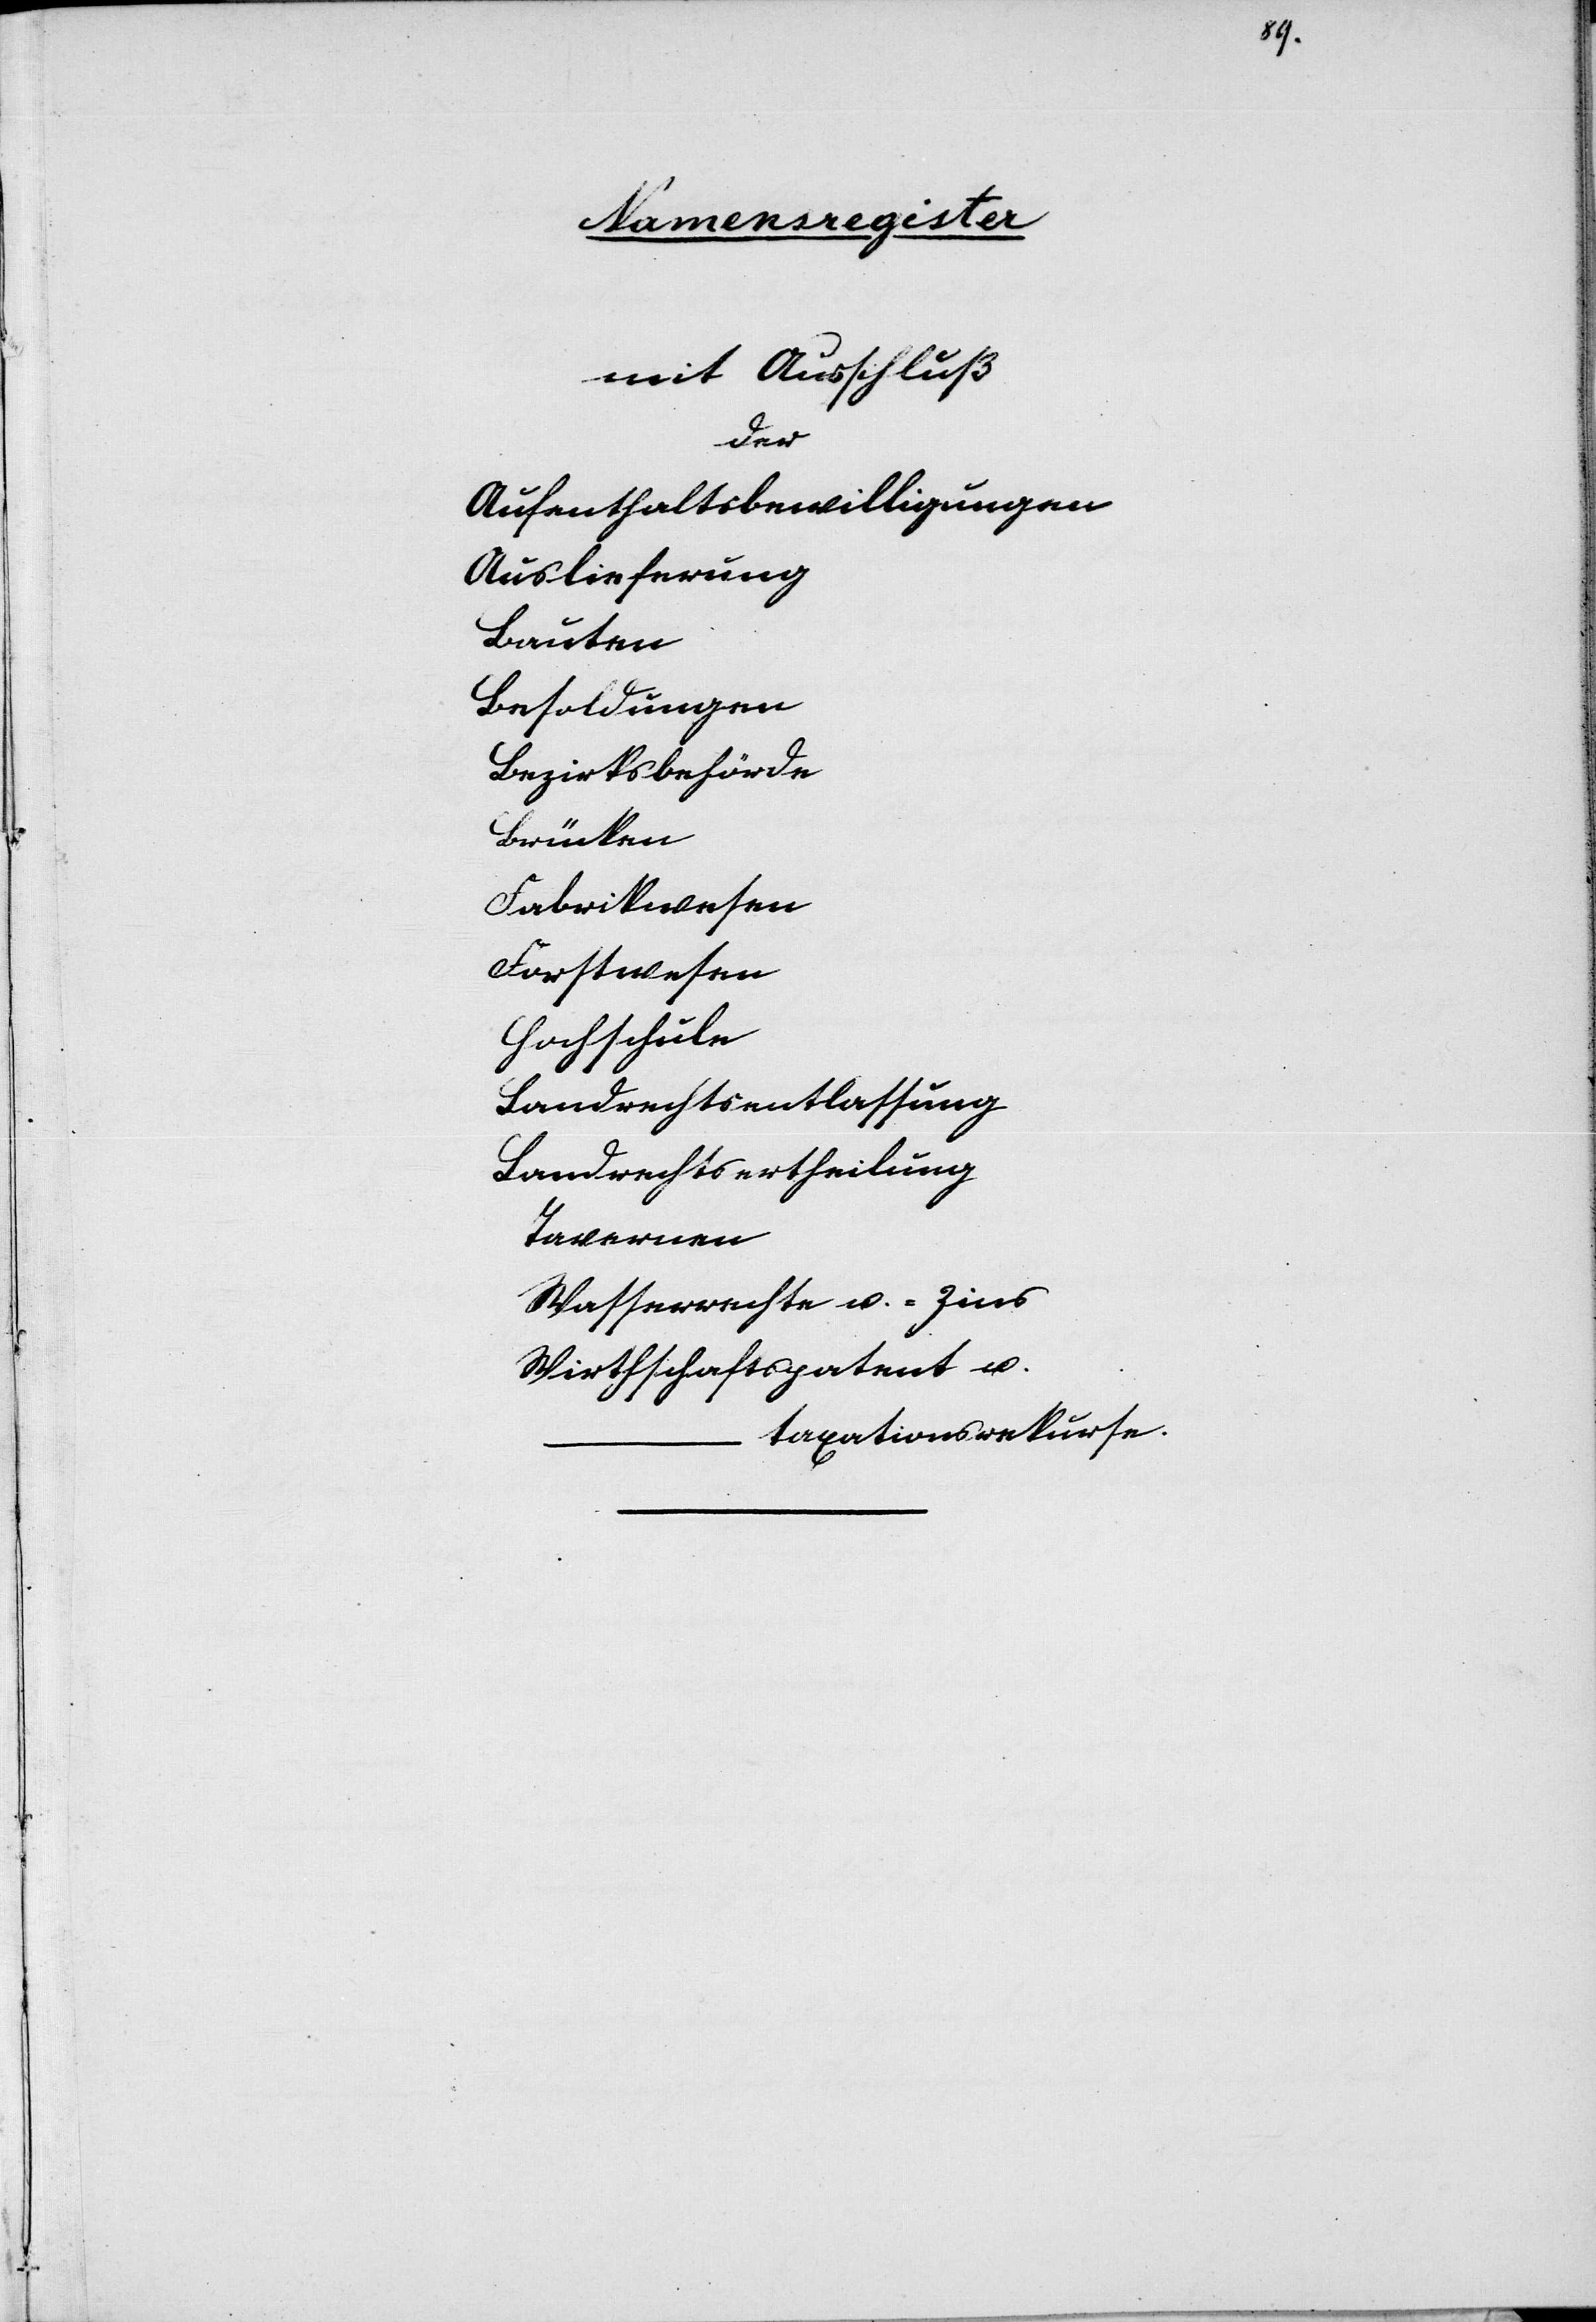
der
Staaten